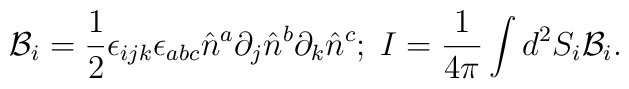
{\mathcal{B}}_i=\frac{1}{2}\epsilon_{ijk}\epsilon_{abc}\hat{n}^a\partial_j\hat{n}^b\partial_k\hat{n}^c;\;I=\frac{1}{4\pi}\int d^2S_i {\mathcal{B}}_i.